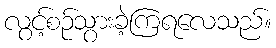
လွင့်စဉ်သွားခဲ့ကြရလေသည်။